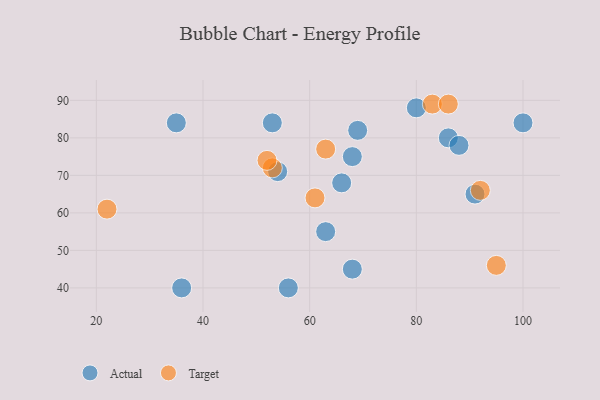
{"axis": {"x": "GDP", "y": "Life Expectancy"}, "legend": ["Actual", "Target"], "data": [{"x": "86", "y": 80, "type": "Actual"}, {"x": "69", "y": 82, "type": "Actual"}, {"x": "91", "y": 65, "type": "Actual"}, {"x": "53", "y": 84, "type": "Actual"}, {"x": "68", "y": 45, "type": "Actual"}, {"x": "68", "y": 75, "type": "Actual"}, {"x": "66", "y": 68, "type": "Actual"}, {"x": "56", "y": 40, "type": "Actual"}, {"x": "63", "y": 55, "type": "Actual"}, {"x": "88", "y": 78, "type": "Actual"}, {"x": "36", "y": 40, "type": "Actual"}, {"x": "35", "y": 84, "type": "Actual"}, {"x": "80", "y": 88, "type": "Actual"}, {"x": "54", "y": 71, "type": "Actual"}, {"x": "100", "y": 84, "type": "Actual"}, {"x": "63", "y": 77, "type": "Target"}, {"x": "83", "y": 89, "type": "Target"}, {"x": "92", "y": 66, "type": "Target"}, {"x": "53", "y": 72, "type": "Target"}, {"x": "86", "y": 89, "type": "Target"}, {"x": "52", "y": 74, "type": "Target"}, {"x": "22", "y": 61, "type": "Target"}, {"x": "95", "y": 46, "type": "Target"}, {"x": "61", "y": 64, "type": "Target"}]}